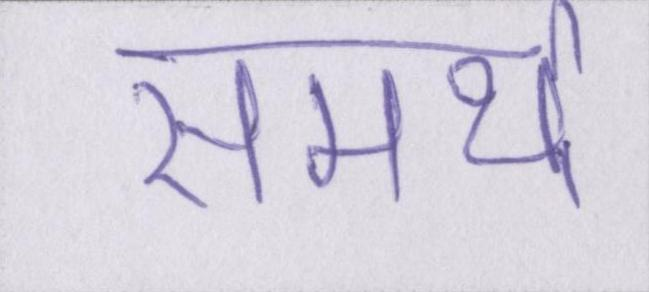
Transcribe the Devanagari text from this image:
समर्थ